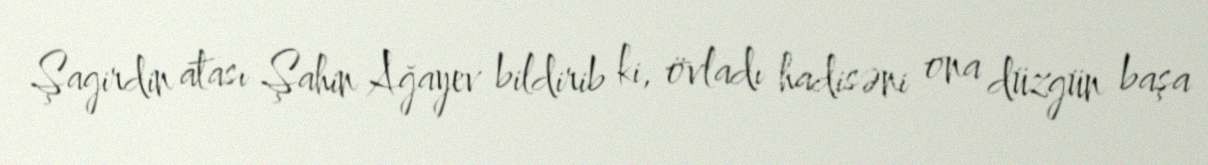
Şagirdin atası Şahin Ağayev bildirib ki, övladı hadisəni ona düzgün başa